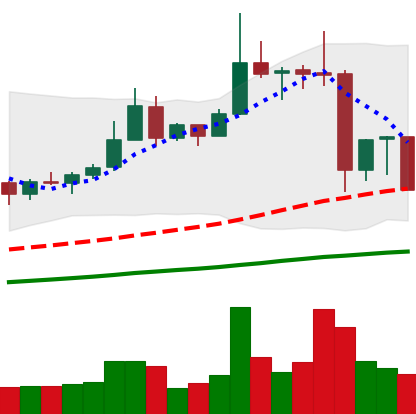
Ticker: XRP-USD
Chart end date: 2019-06-30
Forward return: -4.401%
Label: down_3_5